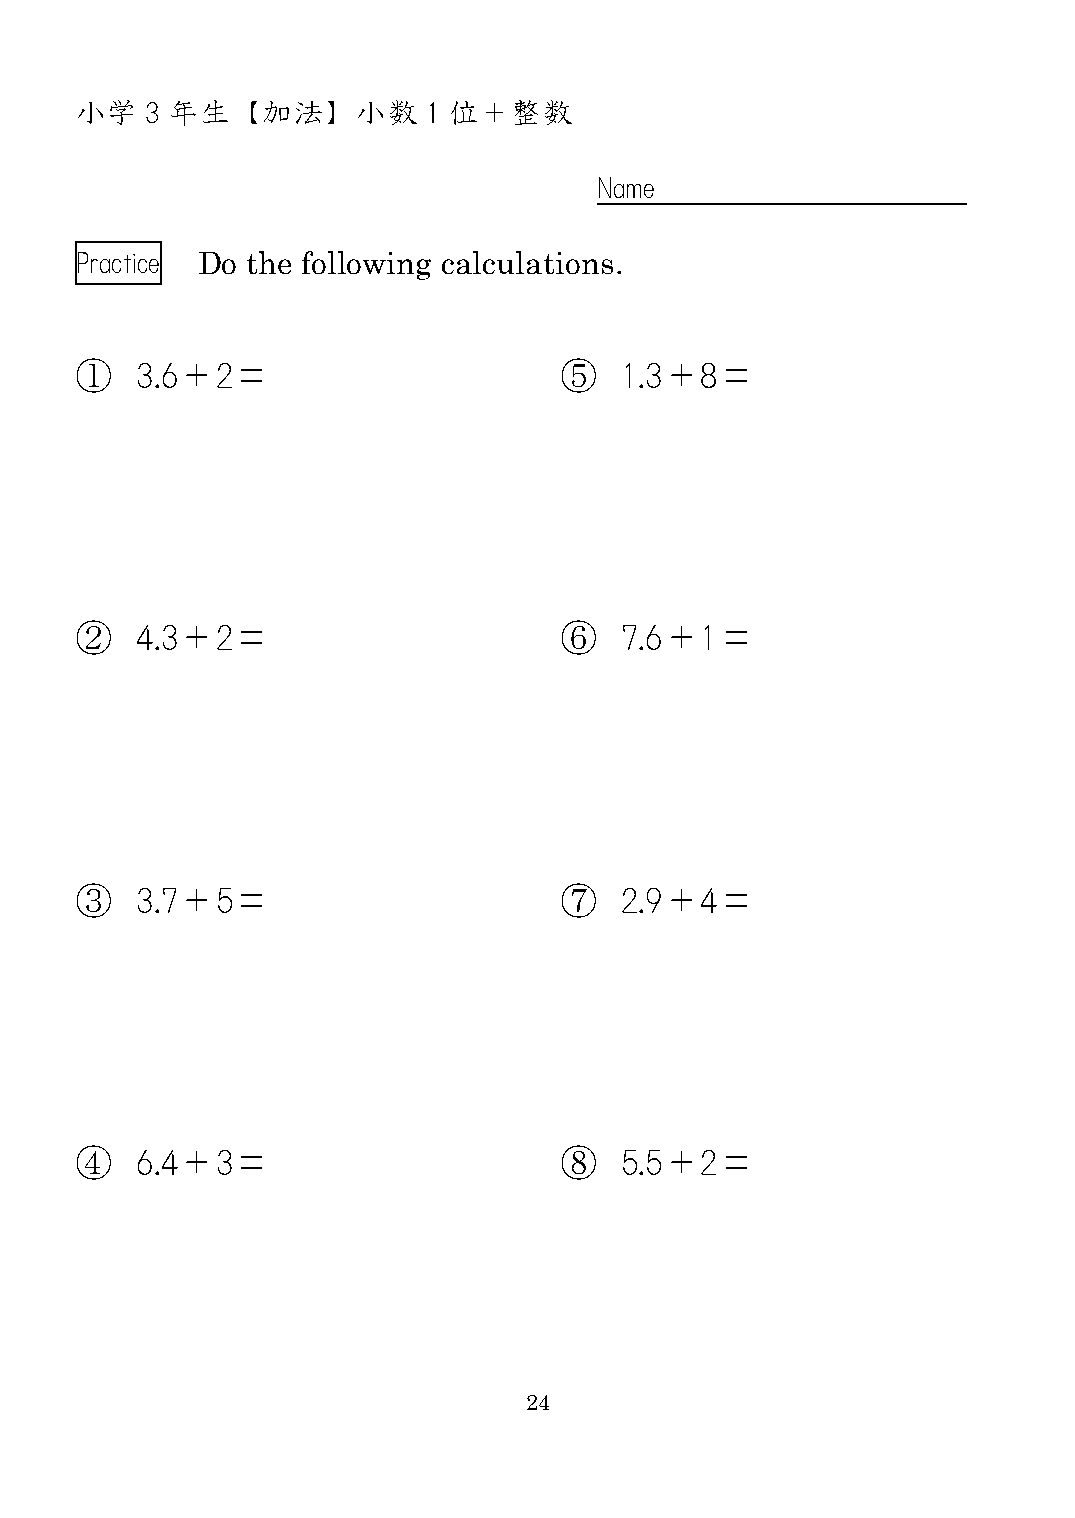
小学   3 年生  【加法】    小数  1 位＋整数
 Name
 Practice Do the following calculations.
 ①   3.6＋2＝                      ⑤   1.3＋8＝
 ②   4.3＋2＝                      ⑥   7.6＋1＝
 ③   3.7＋5＝                      ⑦   2.9＋4＝
 ④   6.4＋3＝                      ⑧   5.5＋2＝
 24